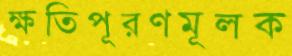
ক্ষতিপূরণমূলক